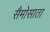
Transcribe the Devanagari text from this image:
सैमोसाता